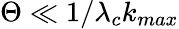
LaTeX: \Theta\ll 1/\lambda_{c}k_{max}